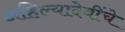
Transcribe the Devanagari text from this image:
अहिल्यादेवींचे